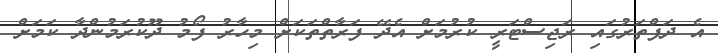
އެ ދަފްތަރުގައި ރަޖިސްޓަރީ ކުރުމަށް އެދޭ ފަރާތްތަކަށް މިހާރު ފޯމު ދޫކުރަމުންދާ ކަމަށް